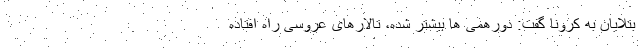
بتلایان به کرونا گفت: دورهمی ها بیشتر شده، تالارهای عروسی راه افتاده